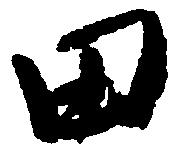
田